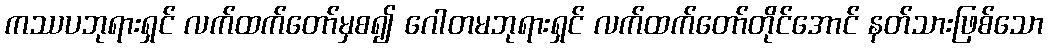
ကဿပဘုရားရှင် လက်ထက်တော်မှစ၍ ဂေါတမဘုရားရှင် လက်ထက်တော်တိုင်အောင် နတ်သားဖြစ်သော